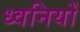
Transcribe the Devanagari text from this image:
ध्‍वनियों